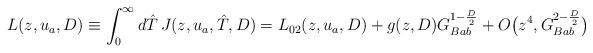
LaTeX: \begin{align*}L(z,u_a,D)\equiv\int_0^{\infty}d\hat T\,J(z,u_a,\hat T,D)=L_{02}(z,u_a,D)+g(z,D)G_{Bab}^{1-{D\over 2}}+O\bigl(z^4,G_{Bab}^{2-{D\over 2}}\bigr)\\\end{align*}